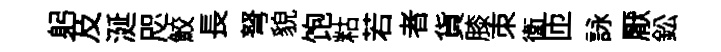
躬及涎咫鮫長弩貌饱䊀若者貨膝朿衛匝詠厭鈆